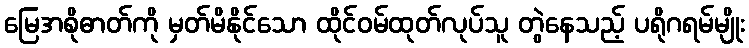
မြေအစိုဓာတ်ကို မှတ်မိနိုင်သော ထိုင်ဝမ်ထုတ်လုပ်သူ တွဲနေသည့် ပရိုဂရမ်မျိုး